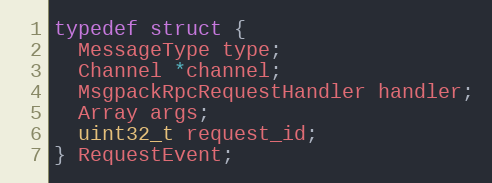
Language: C
typedef struct {
  MessageType type;
  Channel *channel;
  MsgpackRpcRequestHandler handler;
  Array args;
  uint32_t request_id;
} RequestEvent;